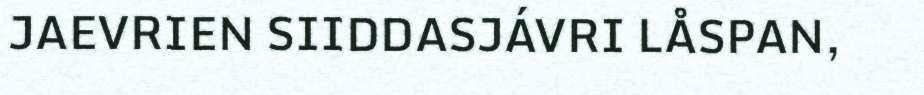
JAEVRIEN SIIDDASJÁVRI LÅSPAN,